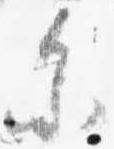
参